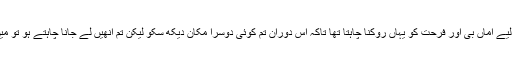
میں صرف چند دنوں کے لیے اماں بی اور فرحت کو یہاں روکنا چاہتا تھا تاکہ اس دوران تم کوئی دوسرا مکان دیکھ سکو لیکن تم انھیں لے جانا چاہتے ہو تو میں روکنے والا بھلا کون ؟